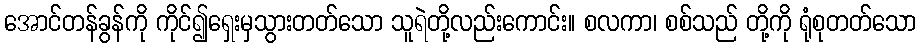
အောင်တန်ခွန်ကို ကိုင်၍ရှေးမှသွားတတ်သော သူရဲတို့လည်းကောင်း။ စလကာ၊ စစ်သည် တို့ကို ရုံစုတတ်သော